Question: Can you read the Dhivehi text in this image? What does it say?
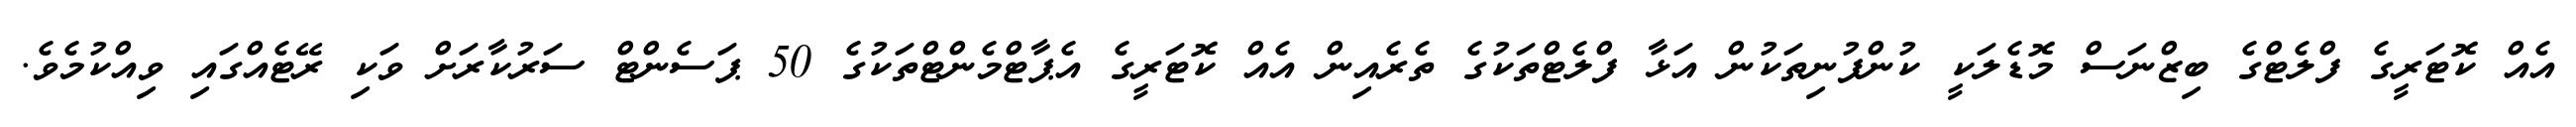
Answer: އެއް ކޮޓަރީގެ ފްލެޓްގެ ބިޒްނަސް މޮޑެލަކީ ކުންފުނިތަކުން އަޅާ ފްލެޓްތަކުގެ ތެރެއިން އެއް ކޮޓަރީގެ އެޕާޓްމެންޓްތަކުގެ 50 ޕަސެންޓް ސަރުކާރަށް ވަކި ރޭޓެއްގައި ވިއްކުމެވެ.